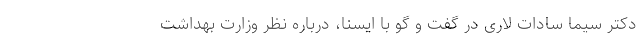
دکتر سیما سادات لاری در گفت و گو با ایسنا، درباره نظر وزارت بهداشت